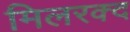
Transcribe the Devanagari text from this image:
मिलरक्द